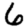
Digit: 6